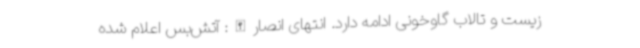
زیست و تالاب گاوخونی ادامه دارد. انتهای انصارالله: آتش‌بس اعلام شده